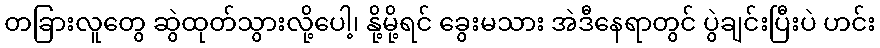
တခြားလူတွေ ဆွဲထုတ်သွားလို့ပေါ့၊ နို့မို့ရင် ခွေးမသား အဲဒီနေရာတွင် ပွဲချင်းပြီးပဲ ဟင်း